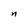
Character: n